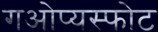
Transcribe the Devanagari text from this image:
गओप्यस्फोट